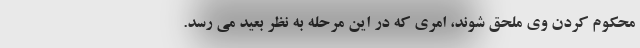
محکوم کردن وی ملحق شوند، امری که در این مرحله به نظر بعید می رسد.